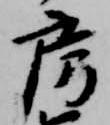
房